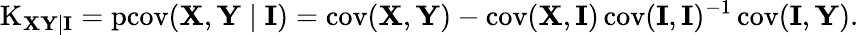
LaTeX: \operatorname{K}_{\mathbf{XY\mid I}}=\operatorname{pcov}(\mathbf{X},\mathbf{Y}\mid\mathbf{I})=\operatorname{cov}(\mathbf{X},\mathbf{Y})-\operatorname{cov}(\mathbf{X},\mathbf{I})\operatorname{cov}(\mathbf{I},\mathbf{I})^{-1}\operatorname{cov}(\mathbf{I},\mathbf{Y}).